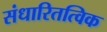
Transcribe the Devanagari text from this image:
संधारितत्विक